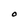
Character: O